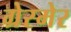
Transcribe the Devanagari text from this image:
ग्रेस्मेर